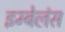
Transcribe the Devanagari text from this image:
इम्बेलंस